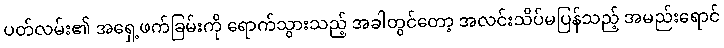
ပတ်လမ်း၏ အရှေ့ဖက်ခြမ်းကို ရောက်သွားသည့် အခါတွင်တော့ အလင်းသိပ်မပြန်သည့် အမည်းရောင်